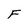
Character: F